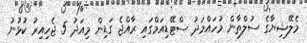
މެލޭޝިޔާގެ ސުލްތާން މުހައްމަދު ސްޓޭޑިއަމްގައި ރާއްޖެ ގަޑިން މިއަދު 5 ޖެހިއިރު ކުޅުނު